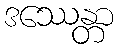
ဒဿေန္တာ